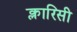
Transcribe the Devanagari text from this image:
क्लारिसी